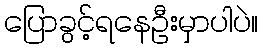
ပြောခွင့်ရနေဦးမှာပါပဲ။